Leaving Certificate Examination, 1910
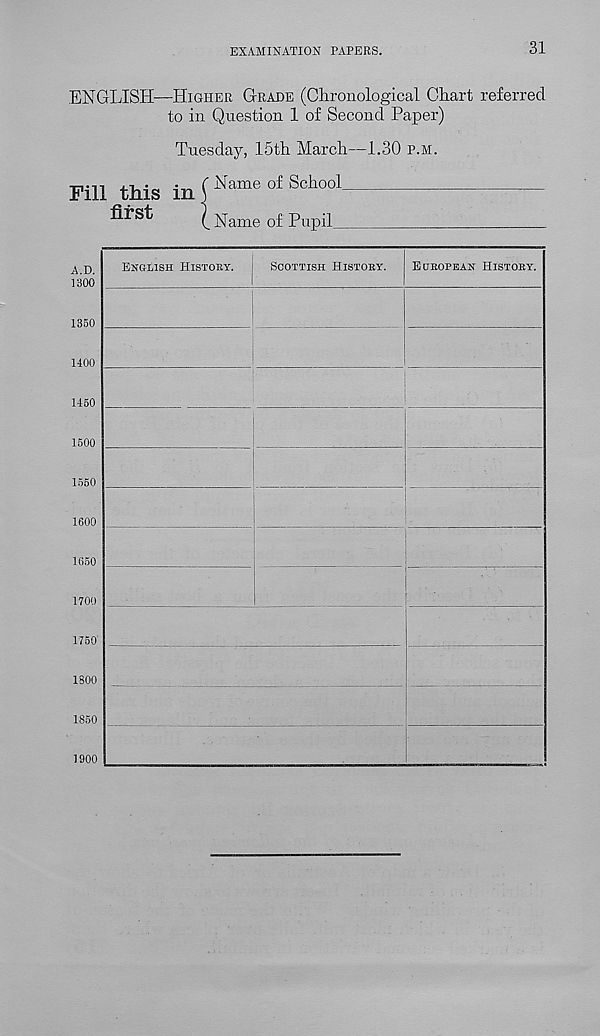
EXAMINATION PAPERS.
31
ENGLISH—Higher Grade (Chronological Chart referred
to in Question 1 of Second Paper)
Tuesday, 15th March—1.30 p.m.
Fill this in
first
Name of School
Name of Pupil_
A.D.
1300
1350
1400
1450
1500
1550
1600
1650
1700
1750
1800
1850
English History.
Scottish History.
European History.
1900